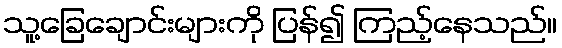
သူ့ခြေချောင်းများကို ပြန်၍ ကြည့်နေသည်။